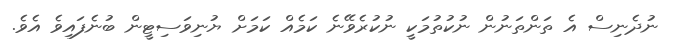
ނުދެނިސް އެ ތަންތަނުން ނުކުތުމަކީ ނުކުރެވޭނެ ކަމެއް ކަމަށް ޔުނިވަސިޓީން ބުނެފައިވެ އެވެ.